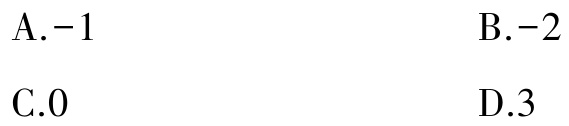
A.$-1$

B.$-2$

C.$0$

D.$3$